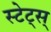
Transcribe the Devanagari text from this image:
स्टेट्स्